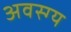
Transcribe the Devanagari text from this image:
अवस्ग्य